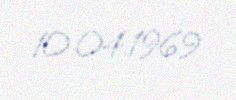
10.04.1969